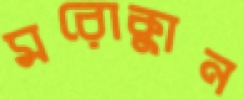
মরোক্কান